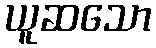
ယူဆသော